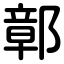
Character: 鄣